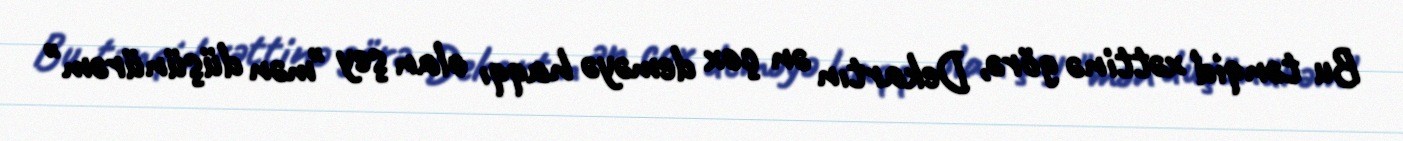
Bu tənqid xəttinə görə, Dekartın ən çox deməyə haqqı olan şey "mən düşünürəm"